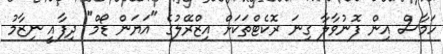
ހަމާސް އިން ފޮނުވާލާ ގިނަ ރޮކެޓްތަކަށް އިޒްރޭލުގެ "އަޔަން ޑޯމް" ދިފާއީ ނިޒާމު